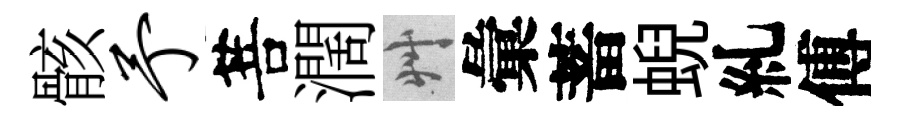
骸予菩濶艸彙蓄蜺糺傅